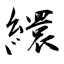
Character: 繯